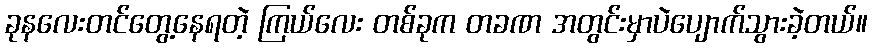
ခုနလေးတင်တွေ့နေရတဲ့ ကြယ်လေး တစ်ခုက တခဏ အတွင်းမှာပဲပျောက်သွားခဲ့တယ်။